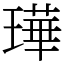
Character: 璍